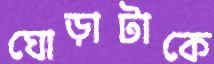
ঘোড়াটাকে